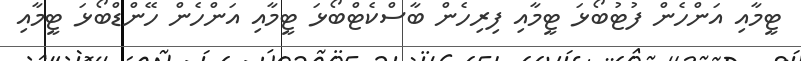
ޓީމާއި އަންހެން ފުޓުބޯޅަ ޓީމާއި ފިރިހެން ބާސްކެޓްބޯޅަ ޓީމާއި އަންހެން ހޭންޑްބޯޅަ ޓީމާއި